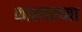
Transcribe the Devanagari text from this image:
काश्गरच्या